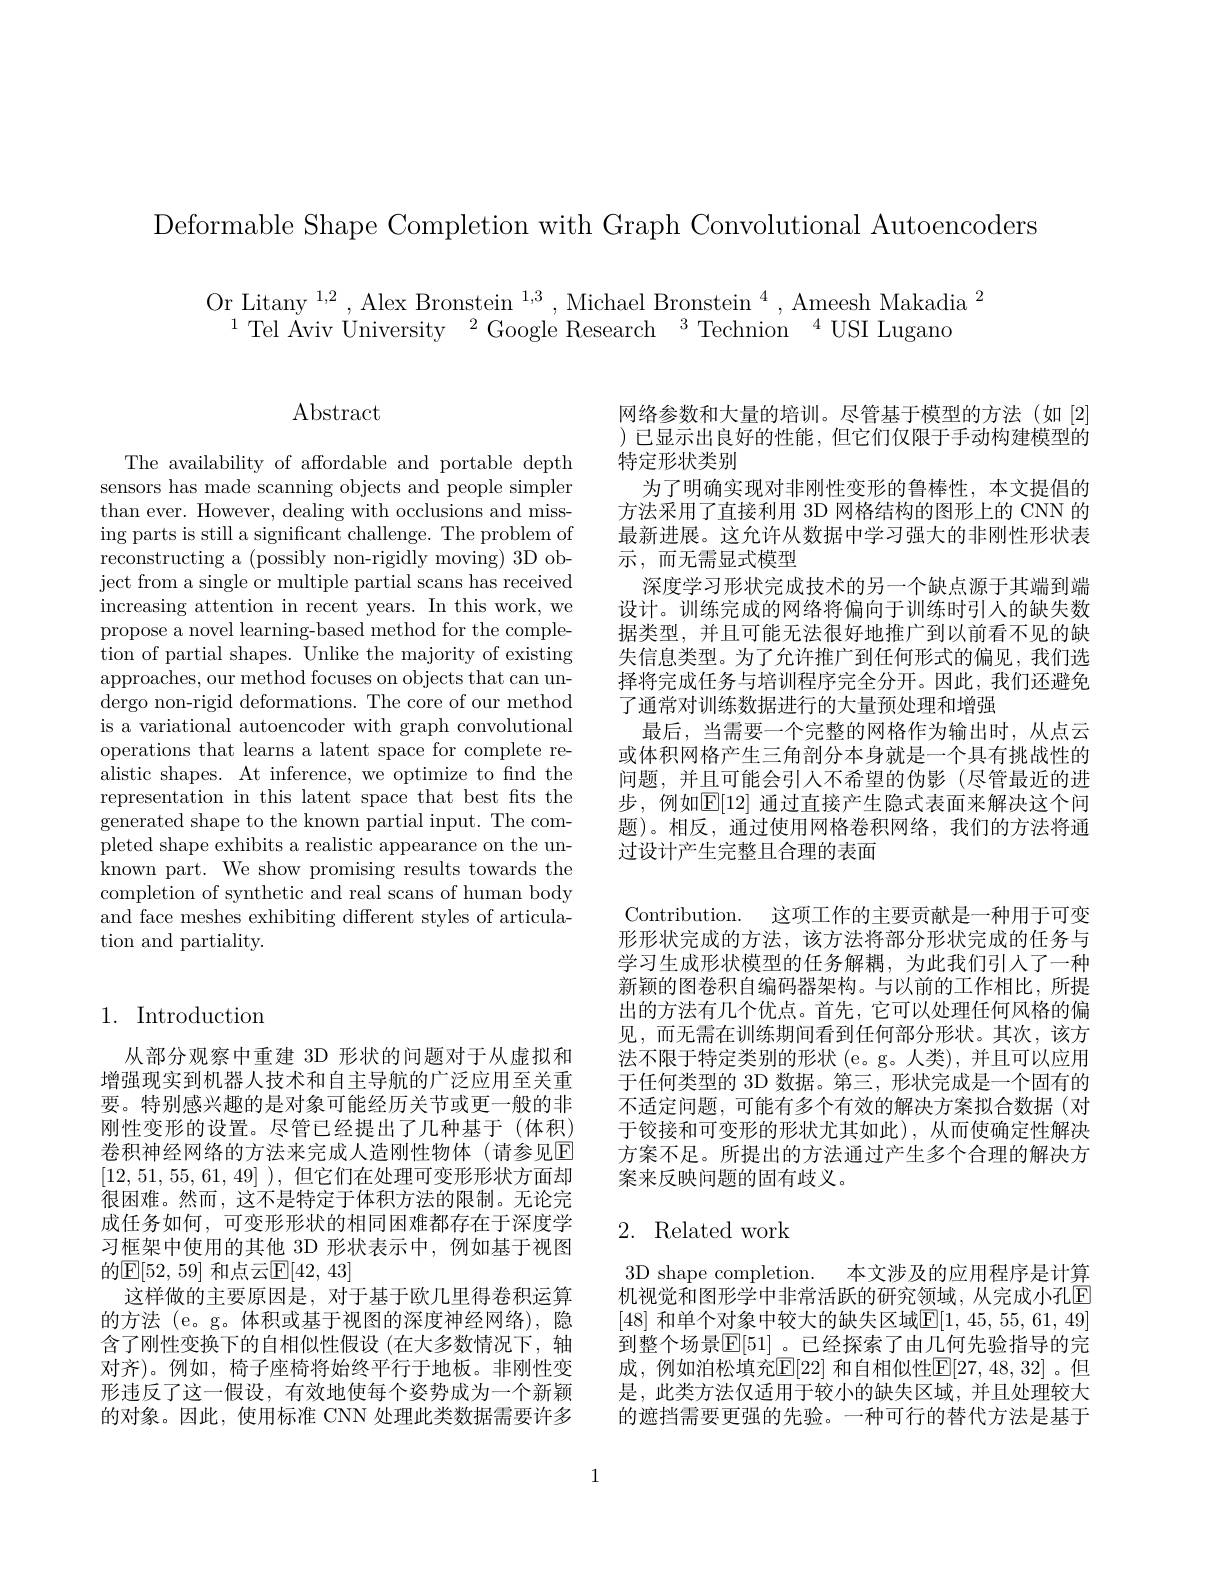
Deformable Shape Completion with Graph Convolutional Autoencoders

$\begin{array}{c}{\mathrm{Or~Litany~}^{1,2},\mathrm{Alex~Bronstein~}^{1,3},\mathrm{Michael~Bronstein~}^{4},\mathrm{Ameesh~Makadia~}^{2}}\\{^{1}\mathrm{Tel~Aviv~University~}^{2}\mathrm{Google~Research~}^{3}\mathrm{Technion~}^{4}\mathrm{USI~Lugano}}\end{array}$

$\operatorname{Abstract}$

The availability of affordable and portable depth sensors has made scanning objects and people simpler than ever. However, dealing with occlusions and missing parts is still a significant challenge. The problem of reconstructing a (possibly non-rigidly moving) 3D object from a single or multiple partial scans has received increasing attention in recent years. In this work, we propose a novel learning-based method for the completion of partial shapes. Unlike the majority of existing approaches, our method focuses on objects that can undergo non-rigid deformations. The core of our method is a variational autoencoder with graph convolutional operations that learns a latent space for complete realistic shapes. At inference, we optimize to find the representation in this latent space that best fits the generated shape to the known partial input. The completed shape exhibits a realistic appearance on the unknown part. We show promising results towards the completion of synthetic and real scans of human body and face meshes exhibiting different styles of articulation and partiality.

网络参数和大量的培训。尽管基于模型的方法(如[2] )已显示出良好的性能，但它们仅限于手动构建模型的特定形状类别
为了明确实现对非刚性变形的鲁棒性，本文提倡的方法采用了直接利用 3D 网格结构的图形上的 CNN 的最新进展。这允许从数据中学习强大的非刚性形状表${\vec{\text{示}},\text{ 而无需显式模型}}$
深度学习形状完成技术的另一个缺点源于其端到端设计。训练完成的网络将偏向于训练时引人的缺失数据类型，并且可能无法很好地推广到以前看不见的缺失信息类型。为了允许推广到任何形式的偏见，我们选择将完成任务与培训程序完全分开。因此，我们还避免了通常对训练数据进行的大量预处理和增强
最后，当需要一个完整的网格作为输出时，从点云或体积网格产生三角剖分本身就是一个具有挑战性的问题，并且可能会引人不希望的伪影(尽管最近的进步，例如$\mathbb{E}[12]$ 通过直接产生隐式表面来解决这个问题)。相反，通过使用网格卷积网络，我们的方法将通过设计产生完整且合理的表面
Contribution. 这项工作的主要贡献是一种用于可变形形状完成的方法，该方法将部分形状完成的任务与学习生成形状模型的任务解耦，为此我们引人了一种新颖的图卷积自编码器架构。与以前的工作相比，所提出的方法有几个优点。首先，它可以处理任何风格的偏见，而无需在训练期间看到任何部分形状。其次，该方法不限于特定类别的形状(e。g。人类),并且可以应用于任何类型的 3D 数据。第三，形状完成是一个固有的不适定问题，可能有多个有效的解决方案拟合数据(对于铰接和可变形的形状尤其如此),从而使确定性解决方案不足。所提出的方法通过产生多个合理的解决方案来反映问题的固有歧义。

## 1. Introduction

### 2. Related work

从部分观察中重建 3D 形状的问题对于从虚拟和增强现实到机器人技术和自主导航的广泛应用至关重要。特别感兴趣的是对象可能经历关节或更一般的非刚性变形的设置。尽管已经提出了几种基于(体积) 卷积神经网络的方法来完成人造刚性物体(请参见E [12,51,55,61,49] ), 但它们在处理可变形形状方面却很困难。然而，这不是特定于体积方法的限制。无论完成任务如何，可变形形状的相同困难都存在于深度学习框架中使用的其他 3D 形状表示中，例如基于视图的$\mathbb{E}[52,59]$ 和点云$\mathbb{E}[42,43]$
这样做的主要原因是，对于基于欧几里得卷积运算的方法 (e。g。体积或基于视图的深度神经网络),隐含了刚性变换下的自相似性假设(在大多数情况下，轴对齐)。例如，椅子座椅将始终平行于地板。非刚性变形违反了这一假设，有效地使每个姿势成为一个新颖的对象。因此，使用标准 CNN 处理此类数据需要许多

3D shape completion. 本文涉及的应用程序是计算机视觉和图形学中非常活跃的研究领域，从完成小孔E [48] 和单个对象中较大的缺失区域$\mathbb{E}[1,45,55,61,49]$ 到整个场景$\mathbb{E}[51]$ 。已经探索了由几何先验指导的完成，例如泊松填充$\mathbb{E}[22]$ 和自相似性$\mathbb{E}[27,48,32]$。但是，此类方法仅适用于较小的缺失区域，并且处理较大的遮挡需要更强的先验。一种可行的替代方法是基于

1